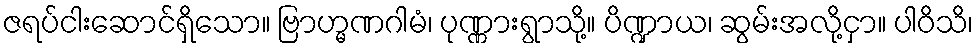
ဇရပ်ငါးဆောင်ရှိသော။ ဗြာဟ္မဏဂါမံ၊ ပုဏ္ဏားရွာသို့။ ပိဏ္ဍာယ၊ ဆွမ်းအလို့ငှာ။ ပါဝိသိ၊